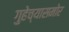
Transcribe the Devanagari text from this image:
गुहेच्यासमोर